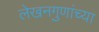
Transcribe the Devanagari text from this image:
लेखनगुणांच्या